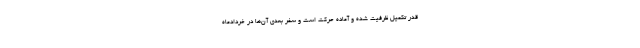
قدر تکمیل ظرفیت شده و آماده حرکت است و سفر بعدی آن‌ها در خردادماه